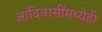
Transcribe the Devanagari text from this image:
आदिवासींमध्येही